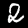
Digit: 2